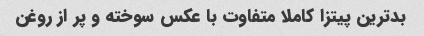
بدترین پیتزا کاملا متفاوت با عکس سوخته و پر از روغن